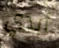
أبدي